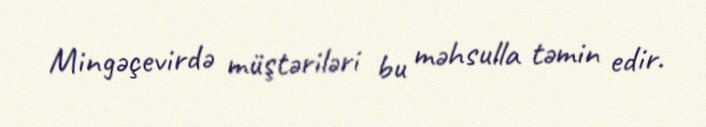
Mingəçevirdə müştəriləri bu məhsulla təmin edir.